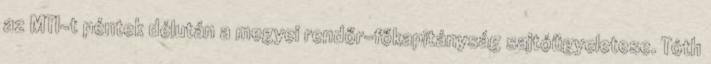
az MTI-t péntek délután a megyei rendőr-főkapitányság sajtóügyeletese. Tóth